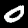
Label: 0